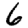
Digit: 6